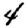
Digit: 4